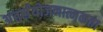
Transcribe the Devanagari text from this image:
अंतर्संयोजनात्मकता